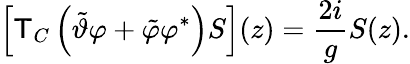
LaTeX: \left\lbrack\mathsf{T}_{C}\left(\tilde{{\vartheta}}\varphi+\tilde{{\varphi}}\varphi^{\ast}\right)S\right\rbrack(z)=\frac{{2i}}{{g}}S(z).